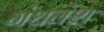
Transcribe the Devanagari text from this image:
गंधवंश